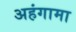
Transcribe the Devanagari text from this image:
अहंगामा